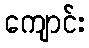
ကျောင်း